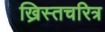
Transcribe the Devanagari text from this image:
ख्रिस्तचरित्र